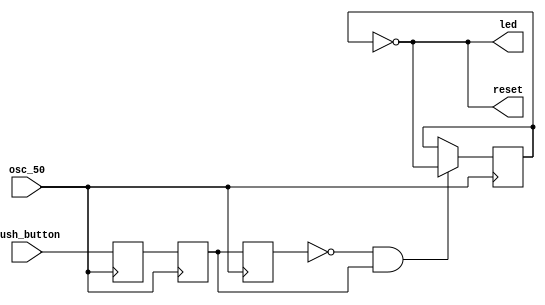
/*
 * Copyright (c) 2006, Peter M. Chen.  All rights reserved.  This software is
 * supplied as is without expressed or implied warranties of any kind.
 */

/*
 * Maintains and displays the value of the reset signal.
 * Initialized to 1; push button toggles it.
 */
module reset_toggle(
    input wire osc_50,
    input wire push_button,
    output reg reset,
    output reg led);

    reg push_button_last, push_button_last1, push_button_last2;

    /*
     * Force power-up value to be 0.
     */
    (* altera_attribute = "-name POWER_UP_LEVEL LOW" *) reg reset_n;

    /*
     * Toggle reset on positive edges of push button (synchronized to OSC_50).
     */
    always @(posedge osc_50) begin
        push_button_last2 <= push_button_last1;
        push_button_last1 <= push_button_last;
        push_button_last <= push_button;
        if (push_button_last2 == 1'b0 && push_button_last1 == 1'b1) begin
            reset_n <= ~reset_n;
        end
    end

    always @* begin
        reset = ~reset_n;
        led = reset;
    end

endmodule